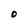
Character: O